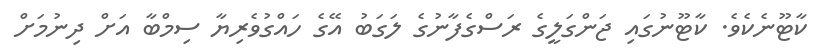
ކާޓޫނެކެވެ. ކާޓޫނުގައި ޖަންގަލީގެ ރަސްގެފާނުގެ ލަގަބު އޭގެ ހައްގުވެރިޔާ ސިމްބާ އަށް ދިނުމަށް